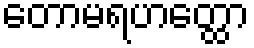
တောမရဟတ္ထော